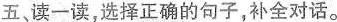
五、读一读，选择正确的句子，补全对话。